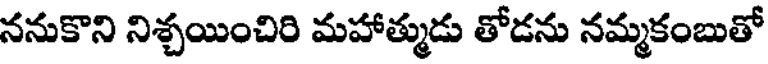
ననుకొని నిశ్చయించిరి మహాత్ముడు తోడను నమ్మకంబుతో